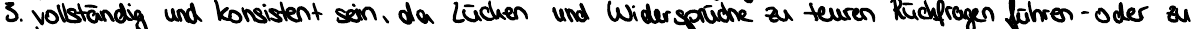
3. vollständig und kosistent sein, da Lücken und Widersprüche zu teuren Rückfragen führen - oder zu